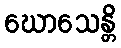
ဃောသေန္တိ